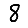
Digit: 8